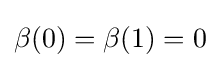
\beta (0)=\beta (1)=0